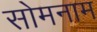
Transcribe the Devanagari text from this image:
सोमनाम